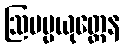
ဩပမ္မယုတ္တေန